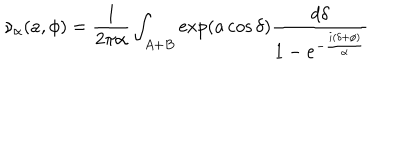
LaTeX: \nu _ { \alpha } ( a , \phi ) = { \frac { 1 } { 2 \pi \alpha } } \int _ { A + B } \exp ( a \cos \delta ) { \frac { d \delta } { 1 - e ^ { - { \frac { i ( \delta + \phi ) } { \alpha } } } } }